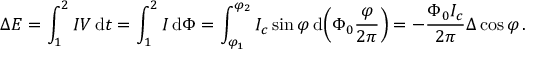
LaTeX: \Delta E = \int _ { 1 } ^ { 2 } I V \operatorname { d } \! { t } = \int _ { 1 } ^ { 2 } I \operatorname { d } \! \Phi = \int _ { \varphi _ { 1 } } ^ { \varphi _ { 2 } } I _ { c } \sin \varphi \operatorname { d } \! \left( \Phi _ { 0 } { \frac { \varphi } { 2 \pi } } \right) = - { \frac { \Phi _ { 0 } I _ { c } } { 2 \pi } } \Delta \cos \varphi \, .